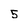
Character: 5